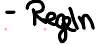
- Regeln